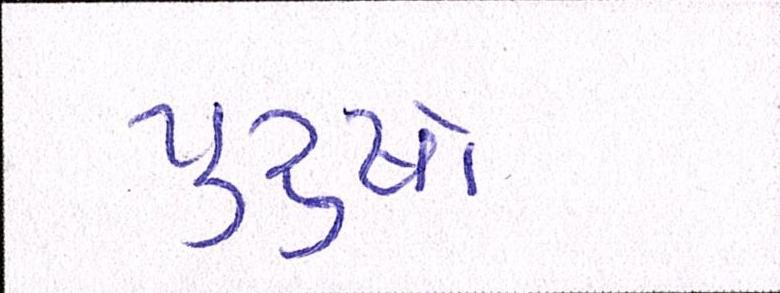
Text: પુરૂષો